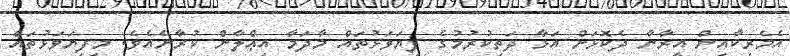
އެމެރިކާއިން އީރާނާ ދެކޮޅަށް އަޅާ ދަތިކުރުމުގެ ފިޔަވަޅުތައް މާދަމާ އިޢްލާން ކުރާނެއެވެ. މިފިޔަވަޅުތައް